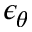
\epsilon _ { \theta }